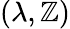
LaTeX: (\lambda,\mathbb{Z})